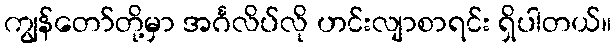
ကျွန်တော်တို့မှာ အင်္ဂလိပ်လို ဟင်းလျာစာရင်း ရှိပါတယ်။